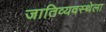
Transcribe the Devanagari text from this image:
जातिव्यवस्थेला